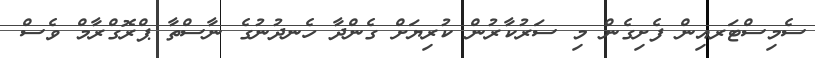
ސެމިސްޓަރއިން ފެށިގެން މި ސަރުކާރުން ކުރިޔަށް ގެންދާ ހެނދުނުގެ ނާސްތާ ޕްރޮގްރާމް ވެސް